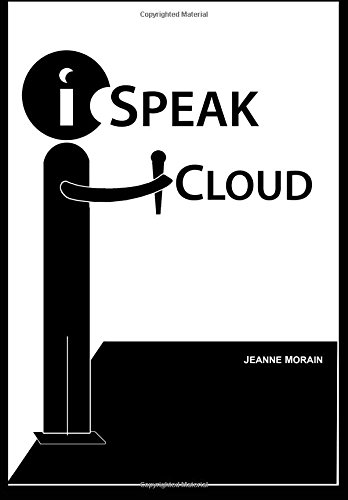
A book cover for iSpeak Cloud: Crossing the Cloud Chasm: Create a Cohesive Cloud Strategy; Jeanne M Morain; Computers & Technology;